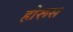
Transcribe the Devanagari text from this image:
होरूस